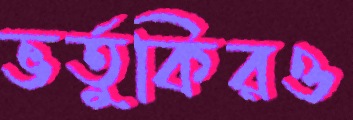
ভর্তুকিরও